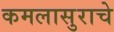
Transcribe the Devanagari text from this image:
कमलासुराचे